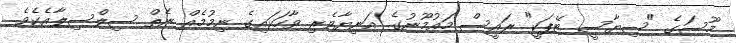
މޫސަގެ "ސިޔާސީ ޓޭޕަކީ" ރައީސް މައުމޫނުގެ އަނިޔާވެރި ވާހަކައިގެ ނިމުމެއް ނެތް ސިލްސިލާއެކެވެ.